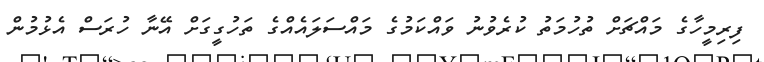
ފިރިމީހާގެ މައްޗަށް ތުހުމަތު ކުރެވުނު ވައްކަމުގެ މައްސަލައެއްގެ ތަހުގީގަށް އޭނާ ހުރަސް އެޅުމުން